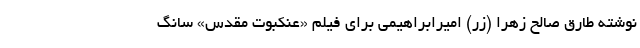
نوشته طارق صالح زهرا (زر) امیرابراهیمی برای فیلم «عنکبوت مقدس» سانگ